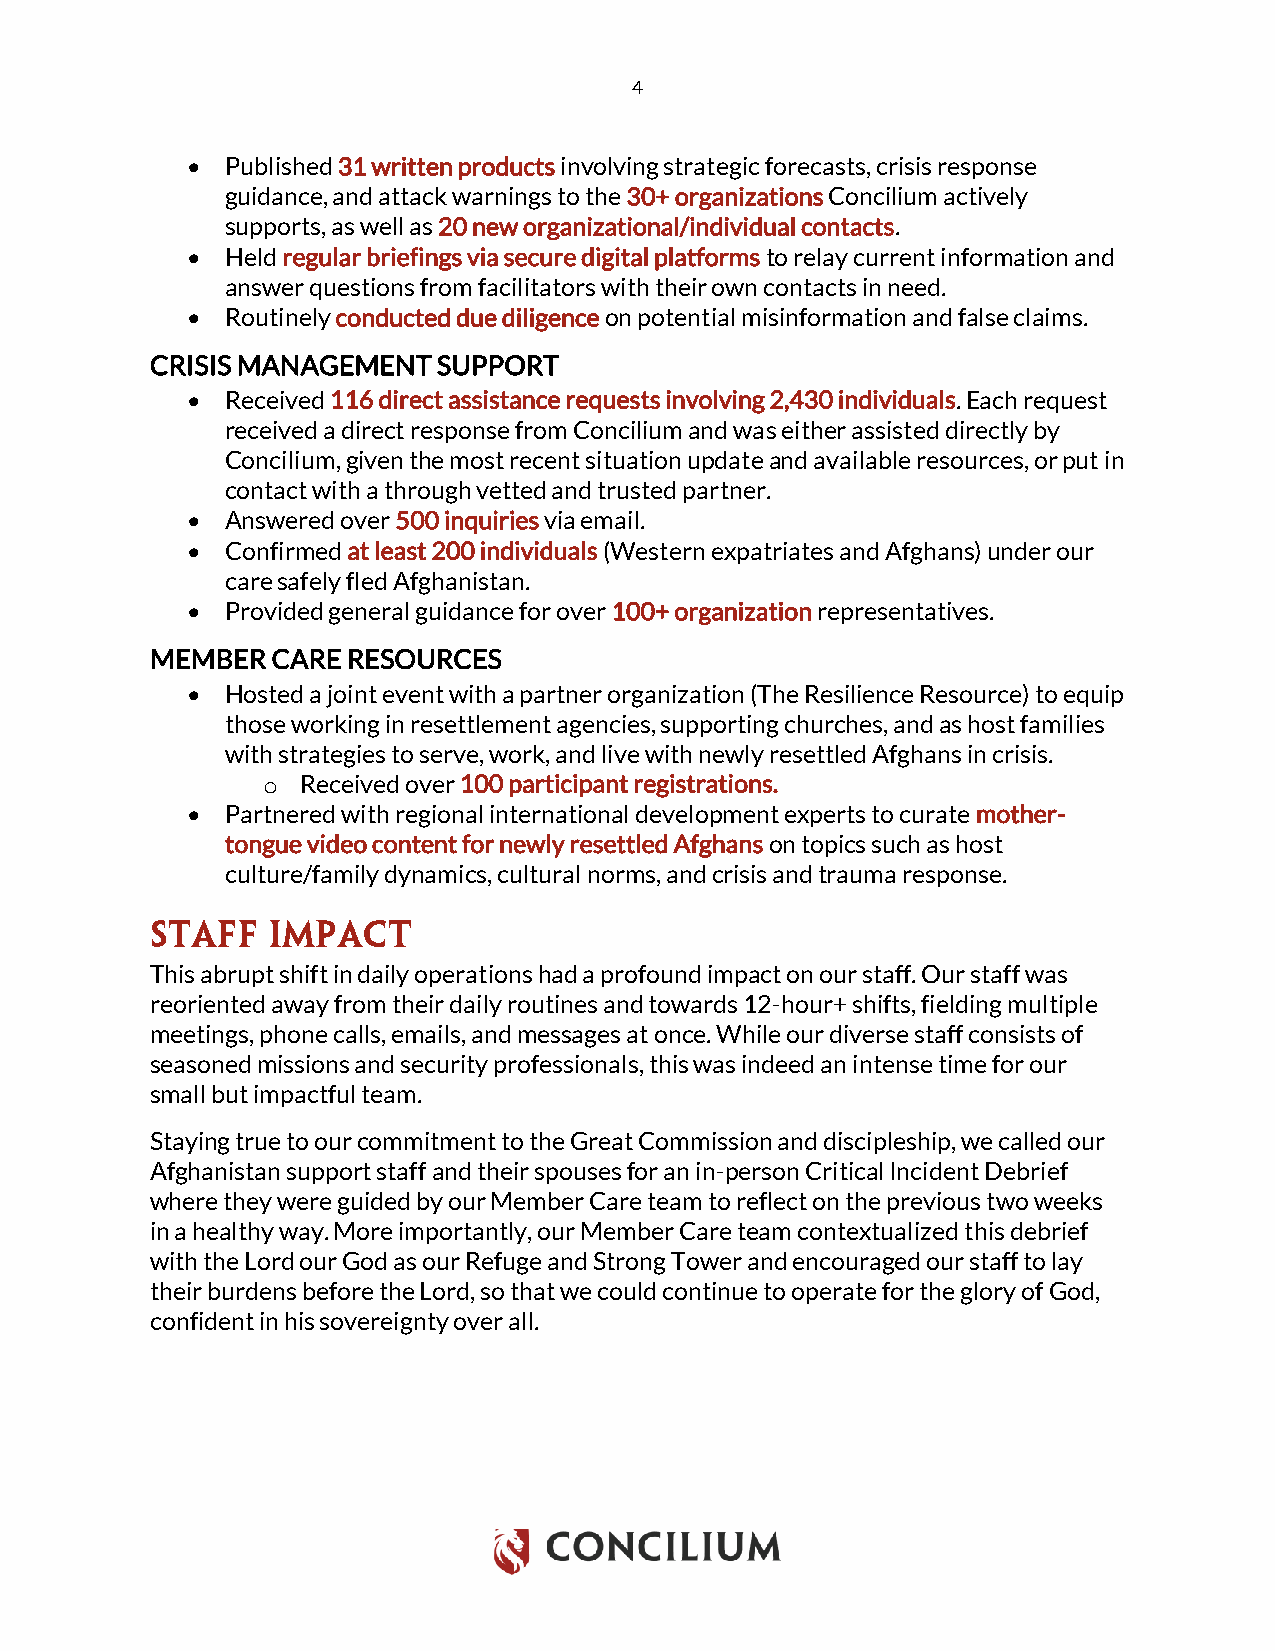
4
 •  Published 31 written products involving strategic forecasts, crisis response
 guidance, and attack warnings to the 30+ organizations Concilium actively
 supports, as well as 20 new organizational/individual contacts.
 •  Held regular briefings via secure digital platforms to relay current information and
 answer questions from facilitators with their own contacts in need.
 •  Routinely conducted due diligence on potential misinformation and false claims.
 CRISIS MANAGEMENT  SUPPORT
 •  Received 116 direct assistance requests involving 2,430 individuals. Each request
 received a direct response from Concilium and was either assisted directly by
 Concilium, given the most recent situation update and available resources, or put in
 contact with a through vetted and trusted partner.
 •  Answered over 500 inquiries via email.
 •  Confirmed at least 200 individuals (Western expatriates and Afghans) under our
 care safely fled Afghanistan.
 •  Provided general guidance for over 100+ organization representatives.
 MEMBER  CARE RESOURCES
 •  Hosted a joint event with a partner organization (The Resilience Resource) to equip
 those working in resettlement agencies, supporting churches, and as host families
 with strategies to serve, work, and live with newly resettled Afghans in crisis.
 o  Received over 100 participant registrations.
 •  Partnered with regional international development experts to curate mother-
 tongue video content for newly resettled Afghans on topics such as host
 culture/family dynamics, cultural norms, and crisis and trauma response.
 This abrupt shift in daily operations had a profound impact on our staff. Our staff was
 reoriented away from their daily routines and towards 12-hour+ shifts, fielding multiple
 meetings, phone calls, emails, and messages at once. While our diverse staff consists of
 seasoned missions and security professionals, this was indeed an intense time for our
 small but impactful team.
 Staying true to our commitment to the Great Commission and discipleship, we called our
 Afghanistan support staff and their spouses for an in-person Critical Incident Debrief
 where they were guided by our Member Care team to reflect on the previous two weeks
 in a healthy way. More importantly, our Member Care team contextualized this debrief
 with the Lord our God as our Refuge and Strong Tower and encouraged our staff to lay
 their burdens before the Lord, so that we could continue to operate for the glory of God,
 confident in his sovereignty over all.